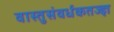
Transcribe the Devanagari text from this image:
वास्तुसंवर्धकतज्ज्ञ